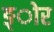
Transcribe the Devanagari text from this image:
ङ्ोर